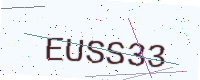
Text: EUSS33